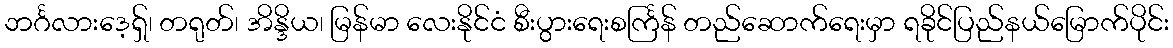
ဘင်္ဂလားဒေ့ရှ်၊ တရုတ်၊ အိန္ဒိယ၊ မြန်မာ လေးနိုင်ငံ စီးပွားရေးစင်္ကြန် တည်ဆောက်ရေးမှာ ရခိုင်ပြည်နယ်မြောက်ပိုင်း